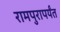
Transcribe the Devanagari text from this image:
रामपुरापर्यंत